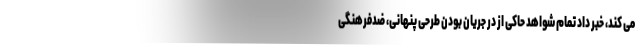
می کند، خبر داد تمام شواهد حاکی از در جریان بودن طرحی پنهانی، ضدفرهنگی